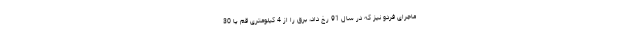
ماجرای فردو نیز که در سال 91 رخ داد، برق را از 4 کیلومتری قم یا 30